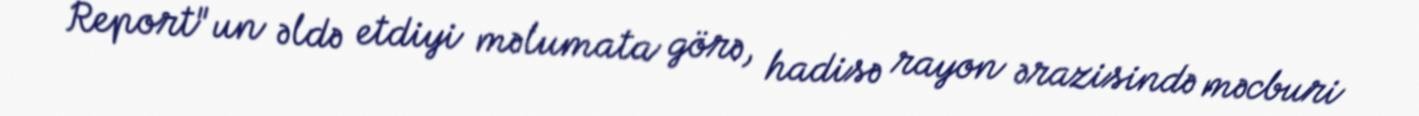
Report"un əldə etdiyi məlumata görə, hadisə rayon ərazisində məcburi